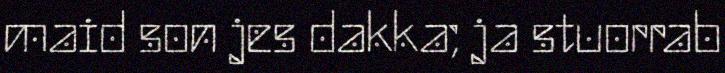
maid son jes dakka; ja stuorrab